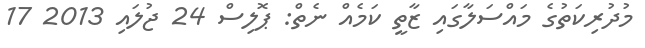
މުދުރިކަތުގެ މައްސަލާގައި ޒާތީ ކަމެއް ނެތް: ޕޮލިސް 24 ޖުލައި 2013 17